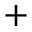
+